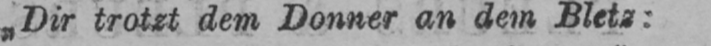
„Dir trotzt dem Donner an dem Bletz: